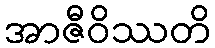
အာဇီဝိဿတိ